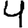
Digit: 4